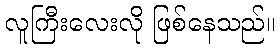
လူကြီးလေးလို ဖြစ်နေသည်။